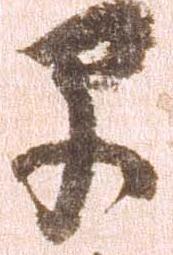
早